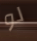
لو